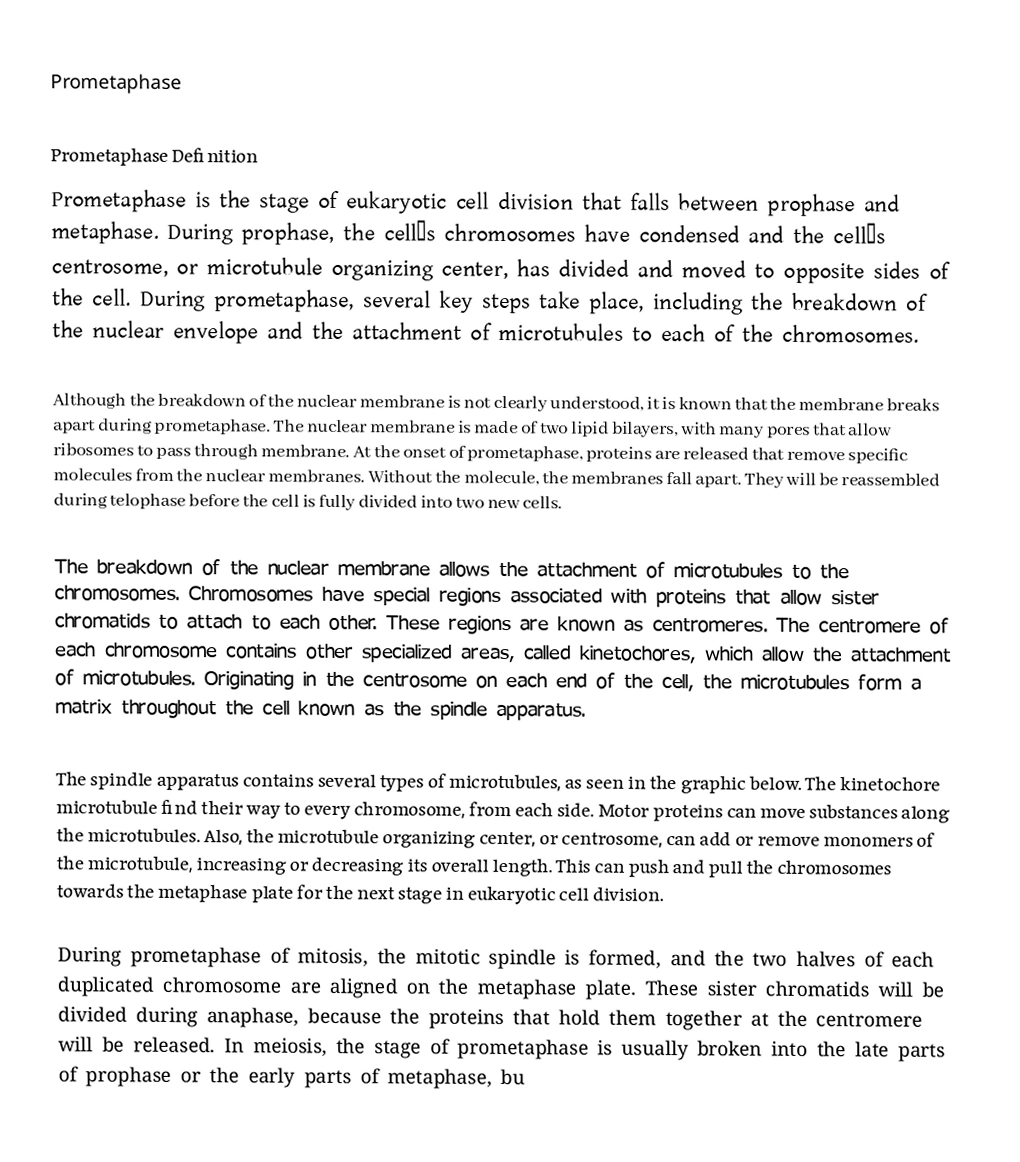
Prometaphase

Prometaphase Definition
Prometaphase is the stage of eukaryotic cell division that falls between prophase and metaphase. During prophase, the cell’s chromosomes have condensed and the cell’s centrosome, or microtubule organizing center, has divided and moved to opposite sides of the cell. During prometaphase, several key steps take place, including the breakdown of the nuclear envelope and the attachment of microtubules to each of the chromosomes.

Although the breakdown of the nuclear membrane is not clearly understood, it is known that the membrane breaks apart during prometaphase. The nuclear membrane is made of two lipid bilayers, with many pores that allow ribosomes to pass through membrane. At the onset of prometaphase, proteins are released that remove specific molecules from the nuclear membranes. Without the molecule, the membranes fall apart. They will be reassembled during telophase before the cell is fully divided into two new cells.

The breakdown of the nuclear membrane allows the attachment of microtubules to the chromosomes. Chromosomes have special regions associated with proteins that allow sister chromatids to attach to each other. These regions are known as centromeres. The centromere of each chromosome contains other specialized areas, called kinetochores, which allow the attachment of microtubules. Originating in the centrosome on each end of the cell, the microtubules form a matrix throughout the cell known as the spindle apparatus.

The spindle apparatus contains several types of microtubules, as seen in the graphic below. The kinetochore microtubule find their way to every chromosome, from each side. Motor proteins can move substances along the microtubules. Also, the microtubule organizing center, or centrosome, can add or remove monomers of the microtubule, increasing or decreasing its overall length. This can push and pull the chromosomes towards the metaphase plate for the next stage in eukaryotic cell division.

During prometaphase of mitosis, the mitotic spindle is formed, and the two halves of each duplicated chromosome are aligned on the metaphase plate. These sister chromatids will be divided during anaphase, because the proteins that hold them together at the centromere will be released. In meiosis, the stage of prometaphase is usually broken into the late parts of prophase or the early parts of metaphase, bu